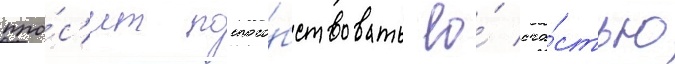
про́с'ит поспосо́бствовать ео́ сча́стью